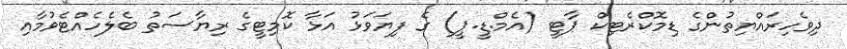
ދިވެހިރައްޔިތުންގެ ޑިމޮކްރެޓިކް ޕާޓީ (އެމް.ޑީ.ޕީ) ގެ ފިޔަވަޅު އަޅާ ކޮމިޓީގެ ރިޔާސަތު ބެލެހެއްޓެވުމާއި